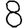
Digit: 8